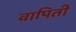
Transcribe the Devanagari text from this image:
वापिती